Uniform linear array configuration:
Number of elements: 12
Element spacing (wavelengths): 1
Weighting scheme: blackman
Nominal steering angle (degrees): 45
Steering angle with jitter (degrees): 43.956
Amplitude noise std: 0.05
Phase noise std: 0.05

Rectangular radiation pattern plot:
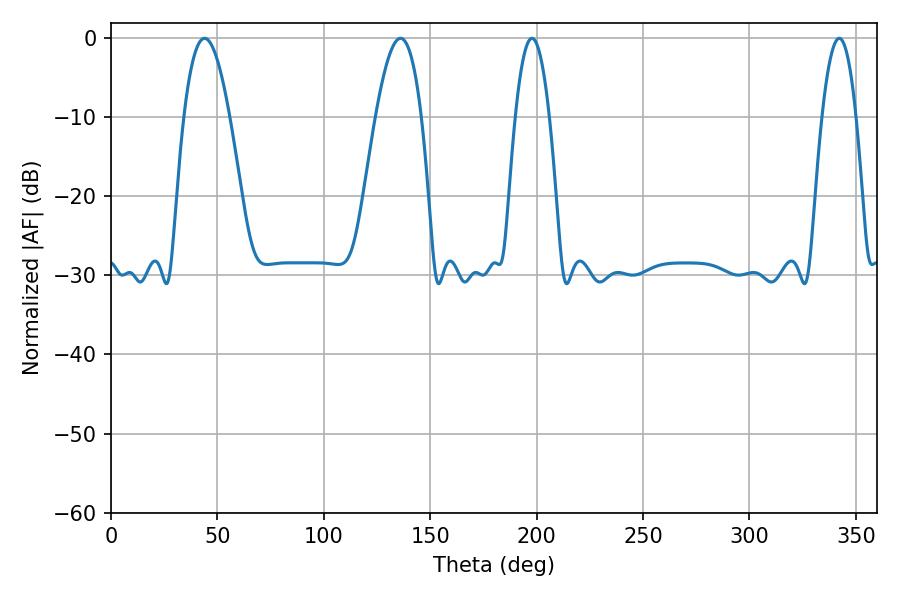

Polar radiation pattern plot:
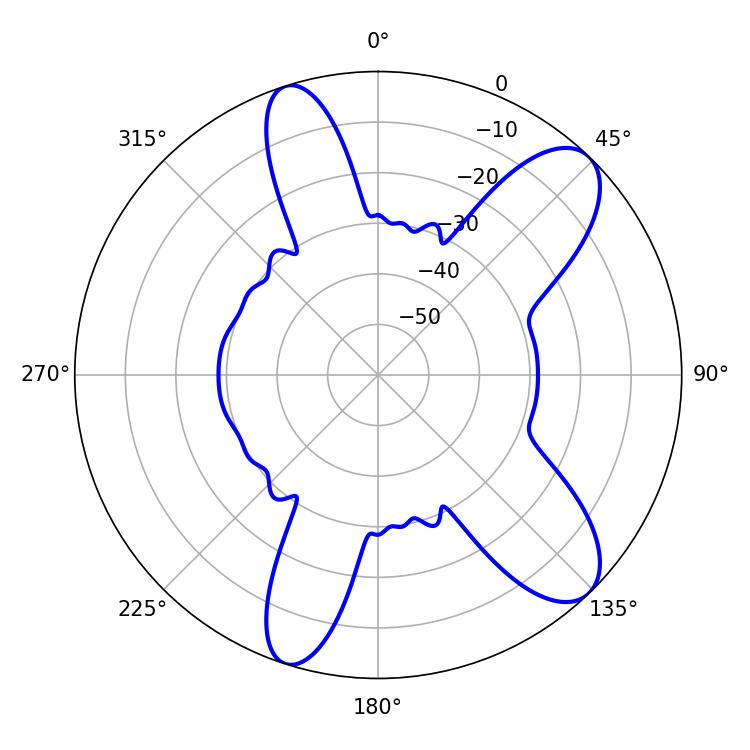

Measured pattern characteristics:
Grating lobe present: TRUE
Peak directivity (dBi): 9.822
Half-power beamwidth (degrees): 8.82
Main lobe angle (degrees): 197.82